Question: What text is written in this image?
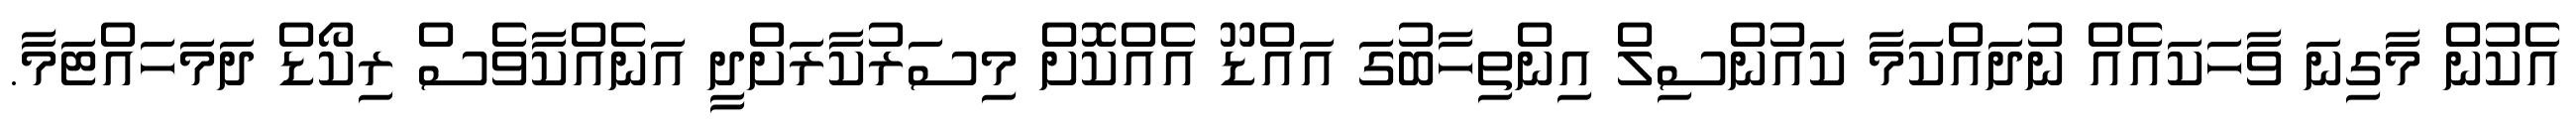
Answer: އެކުން މާގިނަ ވާހަކައެއް ނުދައްކަމާ ކައުންސިލް އިންތިހާބުގަ އައްޑޫ އެއްކޮށް މިސަރުކާރަށްދީ އަނެއްކާވެސް ރިކޯޑް ދަމަހައްޓަމާ.